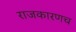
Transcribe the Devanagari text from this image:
राजकारणच